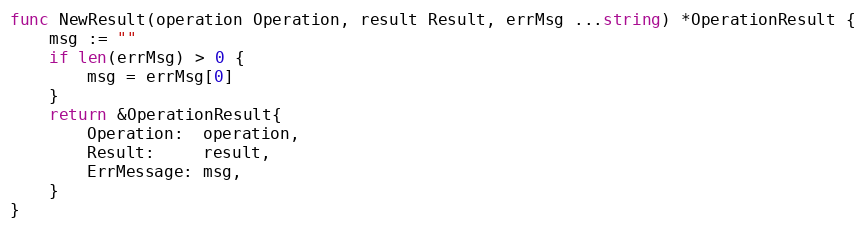
Language: Go
func NewResult(operation Operation, result Result, errMsg ...string) *OperationResult {
	msg := ""
	if len(errMsg) > 0 {
		msg = errMsg[0]
	}
	return &OperationResult{
		Operation:  operation,
		Result:     result,
		ErrMessage: msg,
	}
}